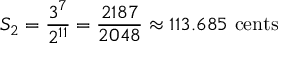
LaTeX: S _ { 2 } = { \frac { 3 ^ { 7 } } { 2 ^ { 1 1 } } } = { \frac { 2 1 8 7 } { 2 0 4 8 } } \approx 1 1 3 . 6 8 5 \ { \mathrm { c e n t s } }